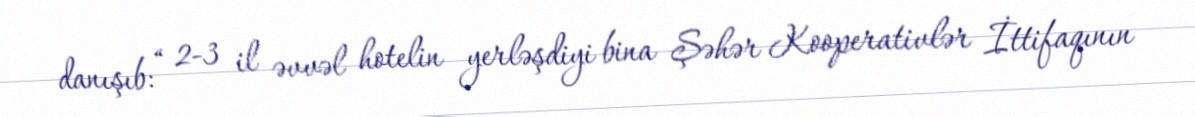
danışıb: “ 2-3 il əvvəl hotelin yerləşdiyi bina Şəhər Kooperativlər İttifaqının